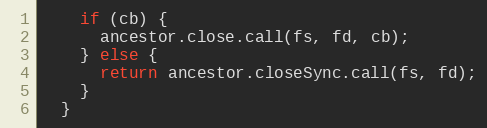
Language: JavaScript
    if (cb) {
      ancestor.close.call(fs, fd, cb);
    } else {
      return ancestor.closeSync.call(fs, fd);
    }
  }